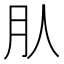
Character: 𣍞